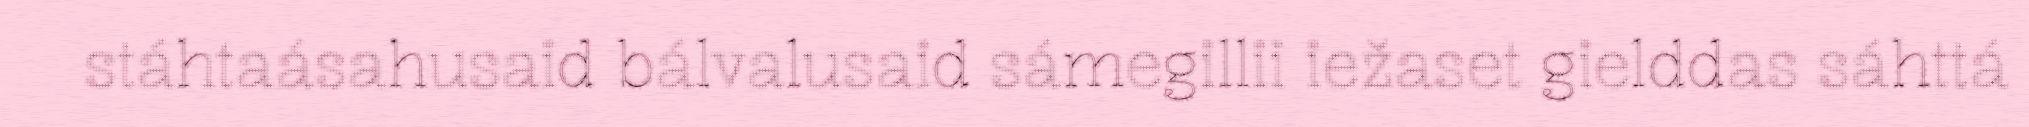
stáhtaásahusaid bálvalusaid sámegillii iežaset gielddas sáhttá